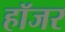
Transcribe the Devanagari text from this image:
हॉजर